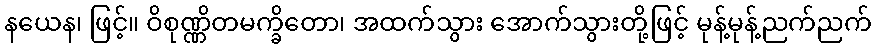
နယေန၊ ဖြင့်။ ဝိစုဏ္ဏိတမက္ခိတော၊ အထက်သွား အောက်သွားတို့ဖြင့် မုန့်မုန့်ညက်ညက်